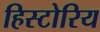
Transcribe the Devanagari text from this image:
हिस्टोरिय